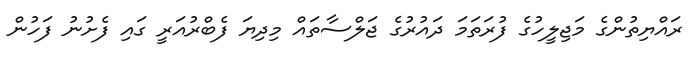
ރައްޔިތުންގެ މަޖިލީހުގެ ފުރަތަމަ ދައުރުގެ ޖަލްސާތައް މިދިޔަ ފެބްރުއަރީ ގައި ފެށުނު ފަހުން